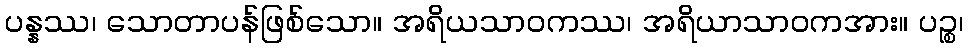
ပန္နဿ၊ သောတာပန်ဖြစ်သော။ အရိယသာဝကဿ၊ အရိယာသာဝကအား။ ပဉ္စ၊